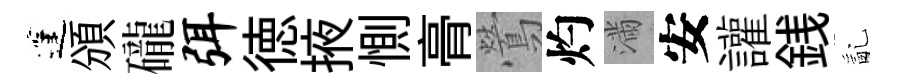
蓬頒礲弭徳掖惻𮌔鶯灼滿安讙銭亂